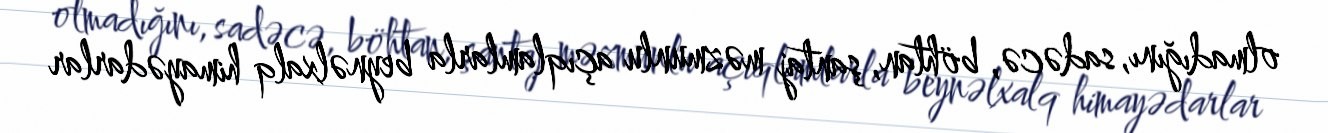
olmadığını, sadəcə, böhtan, şantaj məzmunlu açıqlamlarla beynəlxalq himayədarlar